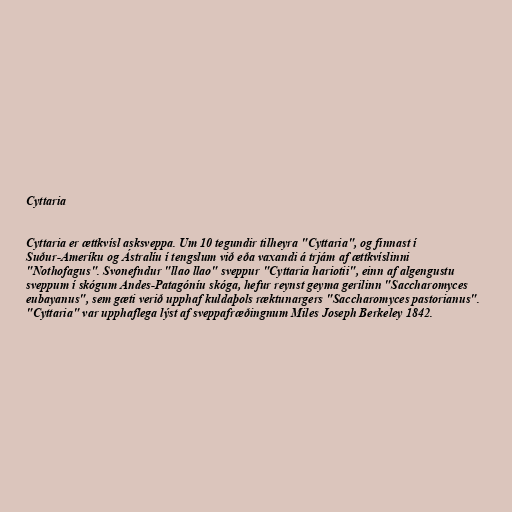
Cyttaria

Cyttaria er ættkvísl asksveppa. Um 10 tegundir tilheyra "Cyttaria", og finnast í
Suður-Ameríku og Ástralíu í tengslum við eða vaxandi á trjám af ættkvíslinni
"Nothofagus". Svonefndur "llao llao" sveppur "Cyttaria hariotii", einn af algengustu
sveppum í skógum Andes-Patagóníu skóga, hefur reynst geyma gerilinn "Saccharomyces
eubayanus", sem gæti verið upphaf kuldaþols ræktunargers "Saccharomyces pastorianus".
"Cyttaria" var upphaflega lýst af sveppafræðingnum Miles Joseph Berkeley 1842.